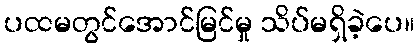
ပထမတွင်အောင်မြင်မှု သိပ်မရှိခဲ့ပေ။